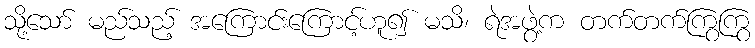
သို့သော် မည်သည့် အကြောင်းကြောင့်ဟူ၍ မသိ၊ ရဲအဖွဲ့က တက်တက်ကြွကြွ